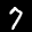
Label: 7